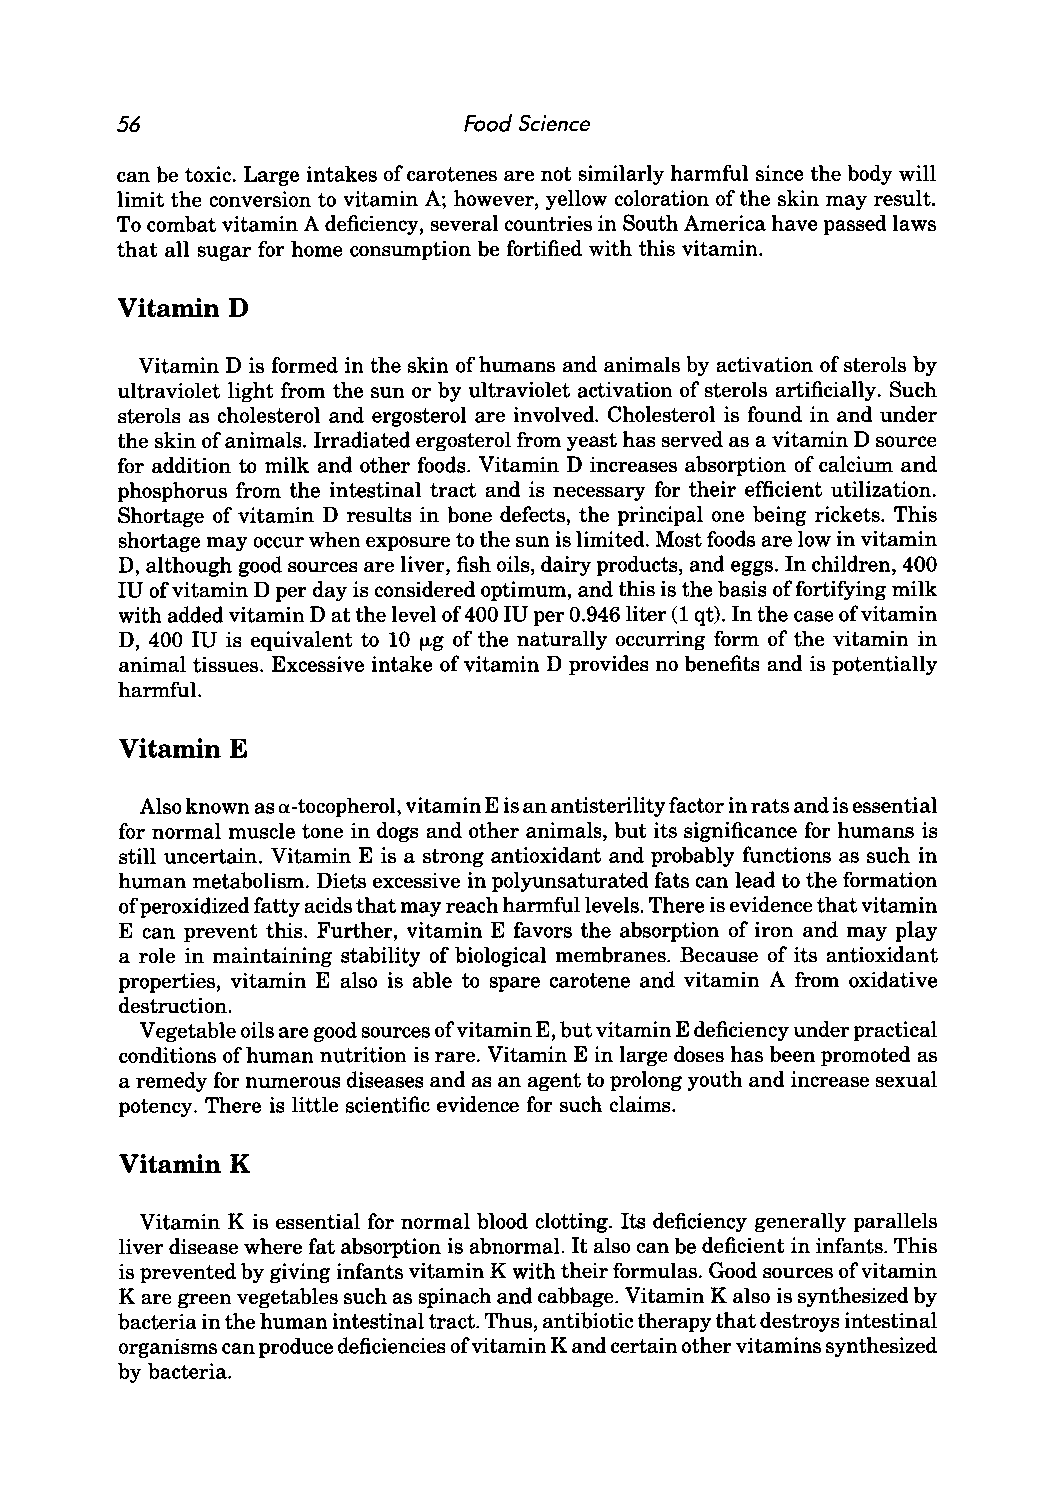
56                     Food Science
 can be toxic. Large intakes of carotenes are not similarly harmful since the body will
 limit the conversion to vitamin A; however, yellow coloration of the skin may result.
 To combat vitamin A deficiency, several countries in South America have passed laws
 that all sugar for home consumption be fortified with this vitamin.
 Vitamin D
 Vitamin D is formed in the skin of humans and animals by activation of sterols by
 ultraviolet light from the sun or by ultraviolet activation of sterols artificially. Such
 sterols as cholesterol and ergosterol are involved. Cholesterol is found in and under
 the skin of animals. Irradiated ergosterol from yeast has served as a vitamin D source
 for addition to milk and other foods. Vitamin D increases absorption of calcium and
 phosphorus from the intestinal tract and is necessary for their efficient utilization.
 Shortage of vitamin D results in bone defects, the principal one being rickets. This
 shortage may occur when exposure to the sun is limited. Most foods are low in vitamin
 D, although good sources are liver, fish oils, dairy products, and eggs. In children, 400
 IU of vitamin D per day is considered optimum, and this is the basis of fortifying milk
 with added vitamin D at the level of 400 IU per 0.946 liter (1 qt). In the case of vitamin
 D, 400 IU is equivalent to 10 I-Lg of the naturally occurring form of the vitamin in
 animal tissues. Excessive intake of vitamin D provides no benefits and is potentially
 harmful.
 Vitamin E
 Also known as a-tocopherol, vitamin E is an antisterility factor in rats and is essential
 for normal muscle tone in dogs and other animals, but its significance for humans is
 still uncertain. Vitamin E is a strong antioxidant and probably functions as such in
 human metabolism. Diets excessive in polyunsaturated fats can lead to the formation
 of pero xidized fatty acids that may reach harmful levels. There is evidence that vitamin
 E can prevent this. Further, vitamin E favors the absorption of iron and may play
 a role in maintaining stability of biological membranes. Because of its antioxidant
 properties, vitamin E also is able to spare carotene and vitamin A from oxidative
 destruction.
 Vegetable oils are good sources of vitamin E, but vitamin E deficiency under practical
 conditions of human nutrition is rare. Vitamin E in large doses has been promoted as
 a remedy for numerous diseases and as an agent to prolong youth and increase sexual
 potency. There is little scientific evidence for such claims.
 Vitamin K
 Vitamin K is essential for normal blood clotting. Its deficiency generally parallels
 liver disease where fat absorption is abnormal. It also can be deficient in infants. This
 is prevented by giving infants vitamin K with their formulas. Good sources of vitamin
 K are green vegetables such as spinach and cabbage. Vitamin K also is synthesized by
 bacteria in the human intestinal tract. Thus, antibiotic therapy that destroys intestinal
 organisms can produce deficiencies of vitamin K and certain other vitamins synthesized
 by bacteria.